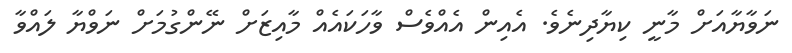
ނަވާޔާއަށް މާނީ ކިޔާދިނެވެ. އެއިން އެއްވެސް ވާހަކައެއް މާއިޒަށް ނޭންގުމަށް ނަވްޔާ ލައްވާ